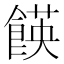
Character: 䭊